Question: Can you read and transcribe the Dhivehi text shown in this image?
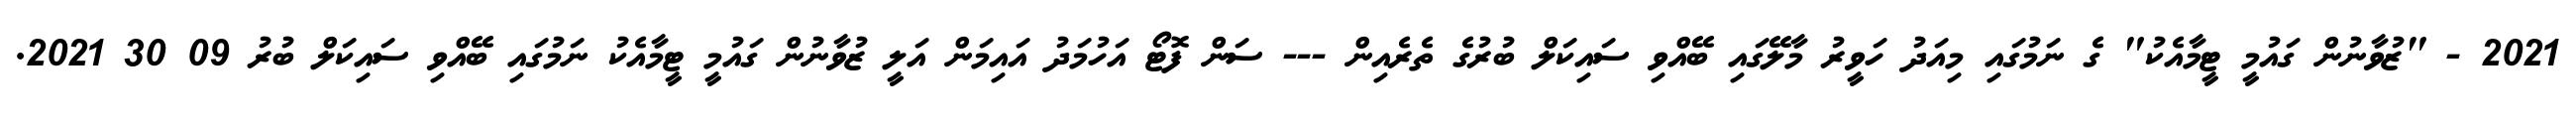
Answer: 2021 - "ޒުވާނުން ގައުމީ ޓީމާއެކު" ގެ ނަމުގައި މިއަދު ހަވީރު މާލޭގައި ބޭއްވި ސައިކަލް ބުރުގެ ތެރެއިން --- ސަން ފޮޓޯ އަހުމަދު އައިމަން އަލީ ޒުވާނުން ގައުމީ ޓީމާއެކު ނަމުގައި ބޭއްވި ސައިކަލް ބުރު 09 30 2021.